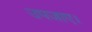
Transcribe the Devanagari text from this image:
उपजाए।